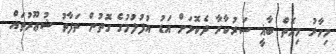
މިހާރު މިއޮތް ބާޣީ ސަރުކާރާ ދެކޮޅަށް އަޑު އުފުލުމުގެ ގޮތުން ތަފާތު ޝުޢޫރުތައް